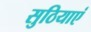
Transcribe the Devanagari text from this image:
सुठियाएं